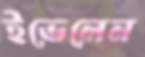
ইভেলেন